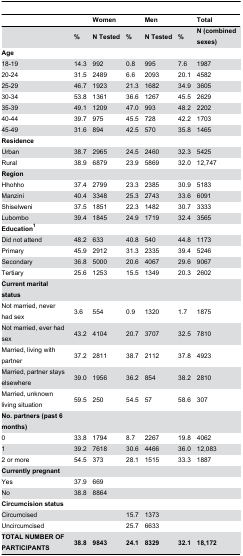
<table><thead><tr><td></td><td></td><td><b>Women</b></td><td></td><td><b>Men</b></td><td></td><td><b>Total</b></td></tr></thead><tbody><tr><td></td><td><b>%</b></td><td><b>N Tested</b></td><td><b>%</b></td><td><b>N Tested</b></td><td><b>%</b></td><td><b>N (combined sexes)</b></td></tr><tr><td><b>Age</b></td><td></td><td></td><td></td><td></td><td></td><td></td></tr><tr><td>18-19</td><td>14.3</td><td>992</td><td>0.8</td><td>995</td><td>7.6</td><td>1987</td></tr><tr><td>20-24</td><td>31.5</td><td>2489</td><td>6.6</td><td>2093</td><td>20.1</td><td>4582</td></tr><tr><td>25-29</td><td>46.7</td><td>1923</td><td>21.3</td><td>1682</td><td>34.9</td><td>3605</td></tr><tr><td>30-34</td><td>53.8</td><td>1361</td><td>36.6</td><td>1267</td><td>45.5</td><td>2629</td></tr><tr><td>35-39</td><td>49.1</td><td>1209</td><td>47.0</td><td>993</td><td>48.2</td><td>2202</td></tr><tr><td>40-44</td><td>39.7</td><td>975</td><td>45.5</td><td>728</td><td>42.2</td><td>1703</td></tr><tr><td>45-49</td><td>31.6</td><td>894</td><td>42.5</td><td>570</td><td>35.8</td><td>1465</td></tr><tr><td><b>Residence</b></td><td></td><td></td><td></td><td></td><td></td><td></td></tr><tr><td>Urban</td><td>38.7</td><td>2965</td><td>24.5</td><td>2460</td><td>32.3</td><td>5425</td></tr><tr><td>Rural</td><td>38.9</td><td>6879</td><td>23.9</td><td>5869</td><td>32.0</td><td>12,747</td></tr><tr><td><b>Region</b></td><td></td><td></td><td></td><td></td><td></td><td></td></tr><tr><td>Hhohho</td><td>37.4</td><td>2799</td><td>23.3</td><td>2385</td><td>30.9</td><td>5183</td></tr><tr><td>Manzini</td><td>40.4</td><td>3348</td><td>25.3</td><td>2743</td><td>33.6</td><td>6091</td></tr><tr><td>Shiselweni</td><td>37.5</td><td>1851</td><td>22.3</td><td>1482</td><td>30.7</td><td>3333</td></tr><tr><td>Lubombo</td><td>39.4</td><td>1845</td><td>24.9</td><td>1719</td><td>32.4</td><td>3565</td></tr><tr><td><b>Education<sup>1</sup></b></td><td></td><td></td><td></td><td></td><td></td><td></td></tr><tr><td>Did not attend</td><td>48.2</td><td>633</td><td>40.8</td><td>540</td><td>44.8</td><td>1173</td></tr><tr><td>Primary</td><td>45.9</td><td>2912</td><td>31.3</td><td>2335</td><td>39.4</td><td>5246</td></tr><tr><td>Secondary</td><td>36.8</td><td>5000</td><td>20.6</td><td>4067</td><td>29.6</td><td>9067</td></tr><tr><td>Tertiary</td><td>25.6</td><td>1253</td><td>15.5</td><td>1349</td><td>20.3</td><td>2602</td></tr><tr><td><b>Current marital status</b></td><td></td><td></td><td></td><td></td><td></td><td></td></tr><tr><td>Not married, never had sex</td><td>3.6</td><td>554</td><td>0.9</td><td>1320</td><td>1.7</td><td>1875</td></tr><tr><td>Not married, ever had sex</td><td>43.2</td><td>4104</td><td>20.7</td><td>3707</td><td>32.5</td><td>7810</td></tr><tr><td>Married, living with partner</td><td>37.2</td><td>2811</td><td>38.7</td><td>2112</td><td>37.8</td><td>4923</td></tr><tr><td>Married, partner stays elsewhere</td><td>39.0</td><td>1956</td><td>36.2</td><td>854</td><td>38.2</td><td>2810</td></tr><tr><td>Married, unknown living situation</td><td>59.5</td><td>250</td><td>54.5</td><td>57</td><td>58.6</td><td>307</td></tr><tr><td><b>No. partners (past 6 months)</b></td><td></td><td></td><td></td><td></td><td></td><td></td></tr><tr><td>0</td><td>33.8</td><td>1794</td><td>8.7</td><td>2267</td><td>19.8</td><td>4062</td></tr><tr><td>1</td><td>39.2</td><td>7618</td><td>30.6</td><td>4466</td><td>36.0</td><td>12,083</td></tr><tr><td>2 or more</td><td>54.5</td><td>373</td><td>28.1</td><td>1515</td><td>33.3</td><td>1887</td></tr><tr><td><b>Currently pregnant</b></td><td></td><td></td><td></td><td></td><td></td><td></td></tr><tr><td>Yes</td><td>37.9</td><td>669</td><td></td><td></td><td></td><td></td></tr><tr><td>No</td><td>38.8</td><td>8864</td><td></td><td></td><td></td><td></td></tr><tr><td><b>Circumcision status</b></td><td></td><td></td><td></td><td></td><td></td><td></td></tr><tr><td>Circumcised</td><td></td><td></td><td>15.7</td><td>1373</td><td></td><td></td></tr><tr><td>Uncircumcised</td><td></td><td></td><td>25.7</td><td>6633</td><td></td><td></td></tr><tr><td><b>TOTAL NUMBER OF PARTICIPANTS</b></td><td><b>38.8</b></td><td><b>9843</b></td><td><b>24.1</b></td><td><b>8329</b></td><td><b>32.1</b></td><td><b>18,172</b></td></tr></tbody></table>